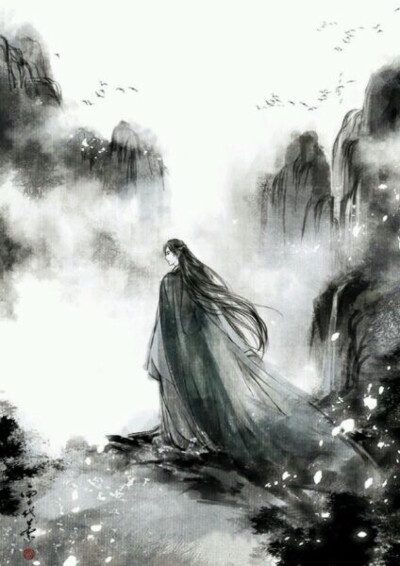
青山依旧在，几度夕阳红。